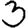
Digit: 3